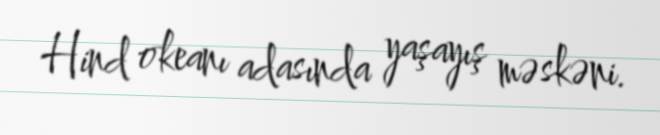
Hind okeanı adasında yaşayış məskəni.